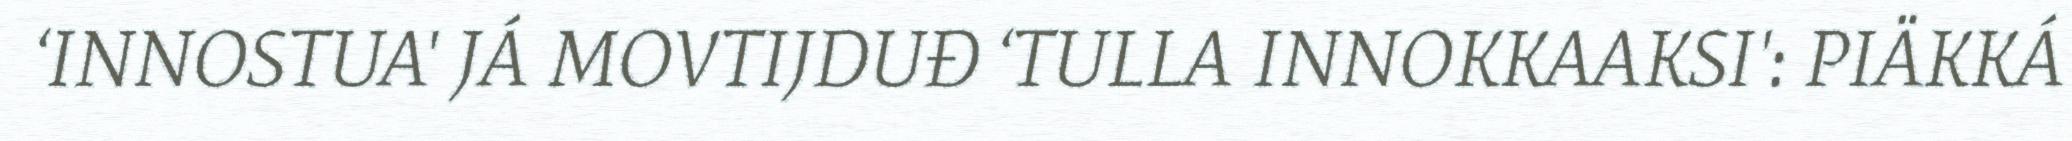
‘INNOSTUA' JÁ MOVTIJDUĐ ‘TULLA INNOKKAAKSI': PIÄKKÁ